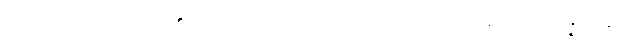
အရှင်မပေးသောသူ၏ ဥစ္စာကို ခိုးယူခြင်းကို။ ပဟာယ၊ စွန့်၍။ အဒိန္နာဒါနာ၊